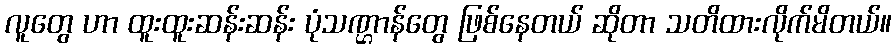
လူတွေ ဟာ ထူးထူးဆန်းဆန်း ပုံသဏ္ဌာန်တွေ ဖြစ်နေတယ် ဆိုတာ သတိထားလိုက်မိတယ်။